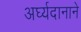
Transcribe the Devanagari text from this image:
अर्घ्यदानाने